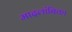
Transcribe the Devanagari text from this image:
मादलांबिका